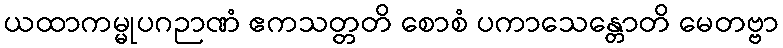
ယထာကမ္မုပဂဉာဏံ ဧကသတ္တတိ စောစံ ပကာသေန္တောတိ မေတဗ္ဗာ